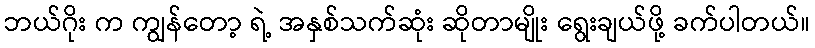
ဘယ်ဂိုး က ကျွန်တော့ ရဲ့ အနှစ်သက်ဆုံး ဆိုတာမျိုး ရွေးချယ်ဖို့ ခက်ပါတယ်။